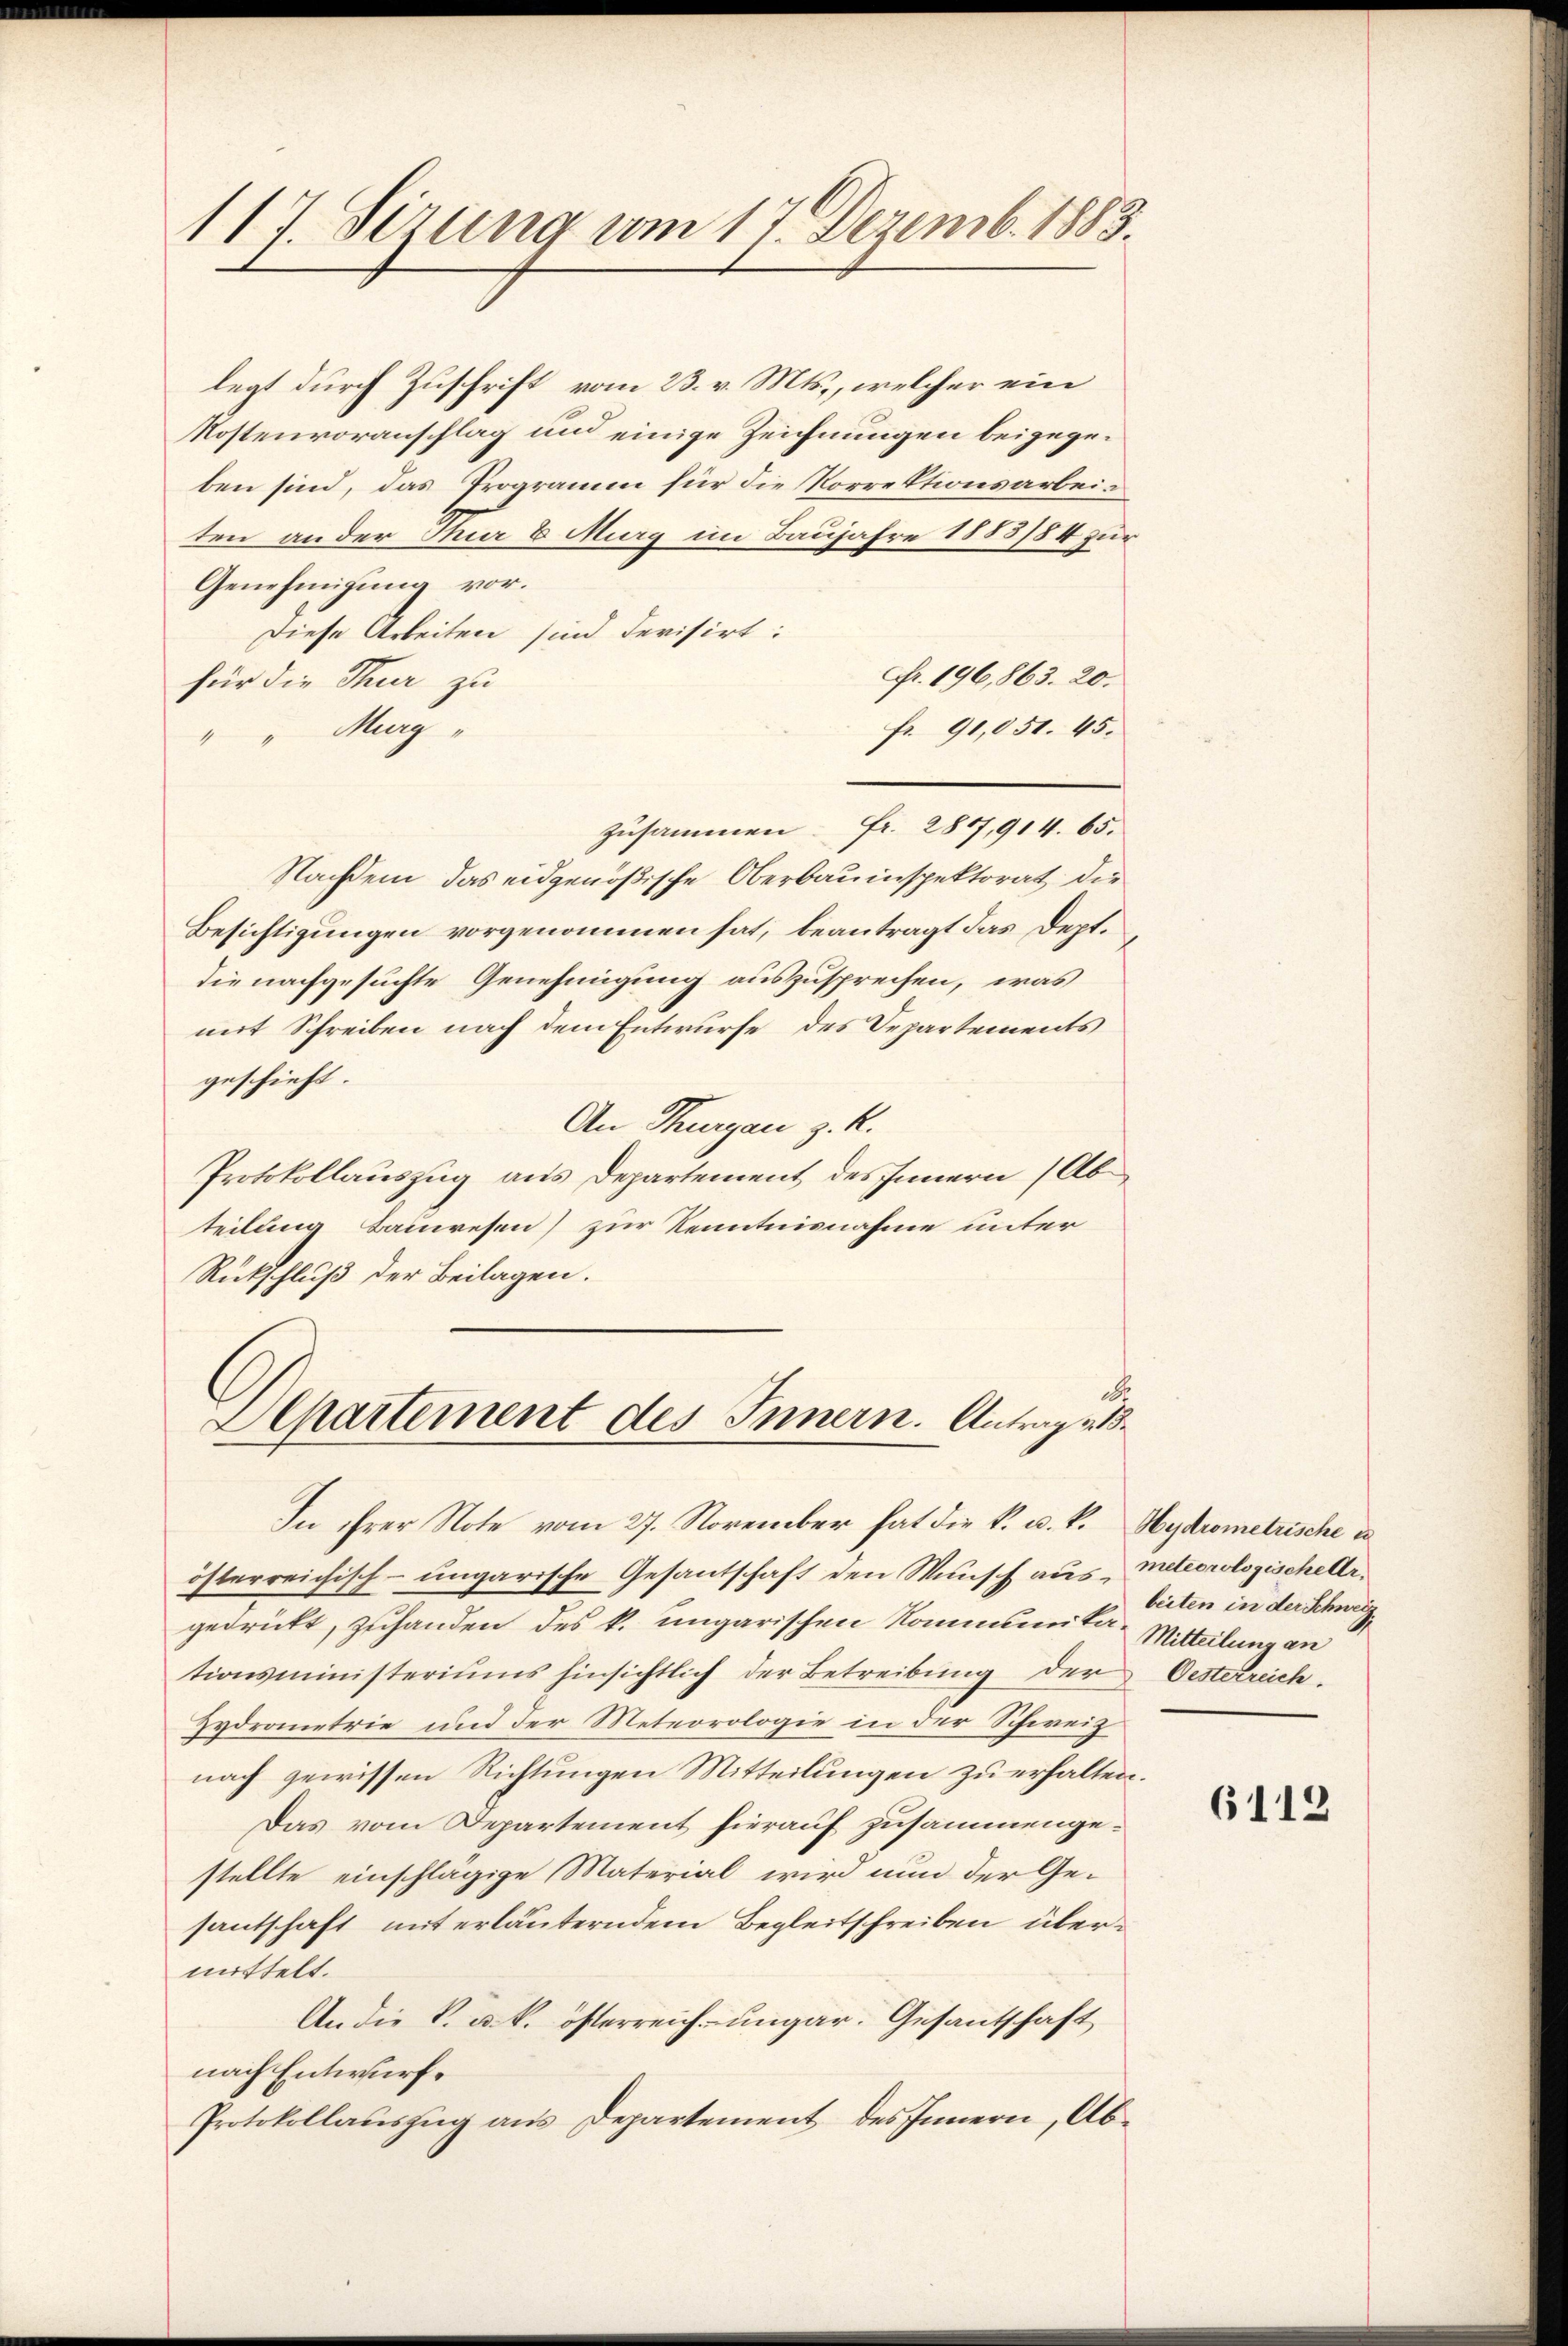
117. Sizung vom 17. Dezemb. 1883.

legt durch Zuschrift vom 23. v. Mts., welcher ein
Mostenvoranschlag und einige Zeichnungen beigegeben sind, das Programm für die Korrektionsarbeis
ten an der Mar 6 Murg im Baujahre 1883/84 zur
Genehmigung vor.
Diese Arbeiten sind Revisirt:
Fr. 196, 863. 20.
für die Thur zu
fr. 91,051. 45.
" " Murg"
zusammen. Fr. 289,914. 65.
Nachdem das eidgenößische Oberbauinspektorat die
Besichtigungen vorgenommen hat, beantragt das Dept.
die nachgesuchte Genehmigung auszusprechen, was
mit Schreiben nach dem Entwurfe des Departements
geschieht
An Thurgau z. R.
Protokollauszug aus Departement des Innern (Ab
teilung Bauwesen) zur Kenntnisnahme unter
Rückschluß der Beilagen.

d
Departement des Innern. Antrage 18

österreichisch-ungarische Gesantschaft den Wunsch aus Meteorologischeler.
gedrückt, zuhanden des k. ungarischen Kommunita Mitteilung an
tionsministeriums hinsichtlich der Betreibung der Oesterreich-
Hydrometrie und der Meteorologie in der Schweiz
nach gewissen Richtungen Mitteilungen zu erhalten.
Das vom Departement hierauf zusammengestellte einschlägige Material wird nun der Gesantschaft mit erläuterndem Begleitschreiben übermittelt.
An die K. u. k. österreich-ungar. Gesantschaft
nach Entwurf.
Protokollauszug aus Departement des Innern, Ab¬

In ihrer Note vom 27. November hat die k. u. k. Hydrometrische un

beiten in der Schweiz

6112